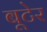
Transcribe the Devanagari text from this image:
बूटेर